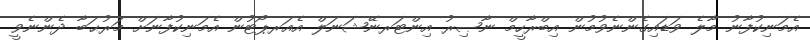
އެމަނިކުފާނު މާލެ ވަޑައިގެންނެވުމުން އިބްރާހީމް ނާޞިރު އިންޓަރނޭޝަނަލް އެއަރޕޯޓުން އެމަނިކުފާނަށް މަރުޙަބާ ދެންނެވީ